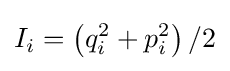
I_{i}=\left(q_{i}^{2}+p_{i}^{2}\right)/2